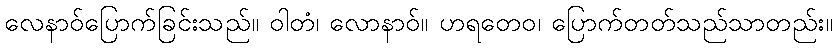
လေနာဝ်ပြောက်ခြင်းသည်။ ဝါတံ၊ လောနာဝ်။ ဟရတေဝ၊ ပြောက်တတ်သည်သာတည်း။